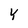
Character: Y